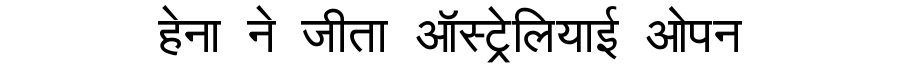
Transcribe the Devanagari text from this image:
हेना ने जीता ऑस्ट्रेलियाई ओपन